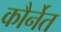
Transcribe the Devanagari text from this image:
कौर्नेत